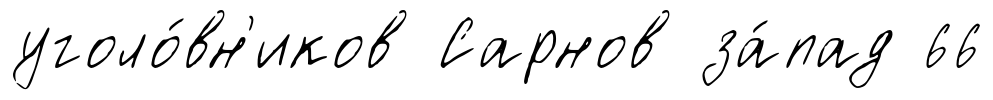
уголо́вн'иков Сарнов за́пад 66